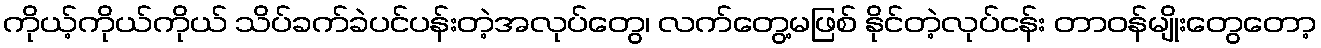
ကိုယ့်ကိုယ်ကိုယ် သိပ်ခက်ခဲပင်ပန်းတဲ့အလုပ်တွေ၊ လက်တွေ့မဖြစ် နိုင်တဲ့လုပ်ငန်း တာဝန်မျိုးတွေတော့